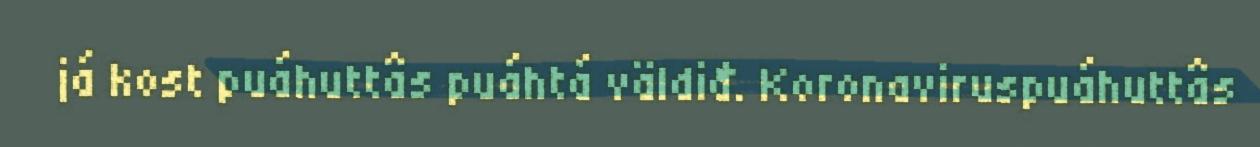
já kost puáhuttâs puáhtá väldiđ. Koronaviruspuáhuttâs